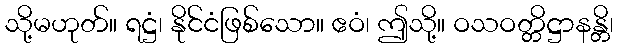
သို့မဟုတ်။ ရဋ္ဌံ၊ နိုင်ငံဖြစ်သော။ ဧဝံ၊ ဤသို့။ ဝသဝတ္တိဋ္ဌာနန္တိ၊